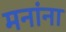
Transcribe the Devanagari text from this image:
मनांना